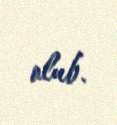
olub.